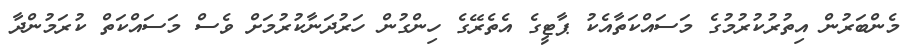
މެންބަރުން އިތުރުކުރުމުގެ މަސައްކަތާއެކު ޕާޓީގެ އެތެރޭގެ ހިންގުން ހަރުދަނާކުރުމަށް ވެސް މަސައްކަތް ކުރަމުންދާ